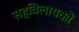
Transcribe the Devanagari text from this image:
सहविलायकों